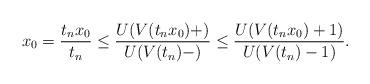
LaTeX: \begin{align*}x_{0}=\frac{t_{n}x_{0}}{t_{n}}\leq \frac{U(V(t_{n}x_{0})+)}{U(V(t_{n})-)}\leq \frac{U(V(t_{n}x_{0})+1)}{U(V(t_{n})-1)}. \end{align*}